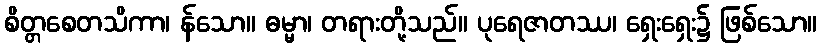
စိတ္တစေတသိကာ၊ န်သော။ ဓမ္မာ၊ တရားတို့သည်။ ပုရေဇာတဿ၊ ရှေးရှေး၌ ဖြစ်သော။